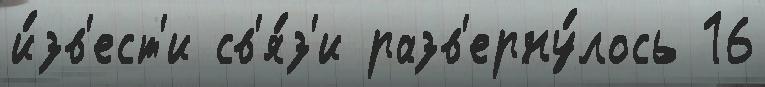
и́зв'ест'и св'я́з'и разв'ерну́лось 16